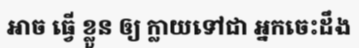
អាច ធ្វើ ខ្លួន ឲ្យ ក្លាយទៅជា អ្នកចេះដឹង